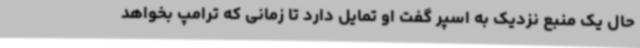
حال یک منبع نزدیک به اسپر گفت او تمایل دارد تا زمانی که ترامپ بخواهد